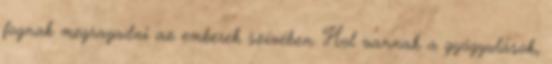
fognak megragadni az emberek szívében. Hol vannak a gyógyulások,